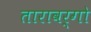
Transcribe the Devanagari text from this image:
तारावर्गो